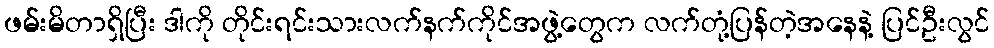
ဖမ်းမိတာရှိပြီး ဒါကို တိုင်းရင်းသားလက်နက်ကိုင်အဖွဲ့တွေက လက်တုံ့ပြန်တဲ့အနေနဲ့ ပြင်ဦးလွင်